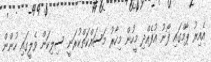
އެއިރު ޕާމްގައި ފޯނު އުފެއްދި މީހުން މިހާރު މަސައްކަތްކުރަނީ ސިލިކަން ވެލީގައި ހުންން